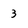
Character: 3